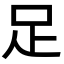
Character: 足